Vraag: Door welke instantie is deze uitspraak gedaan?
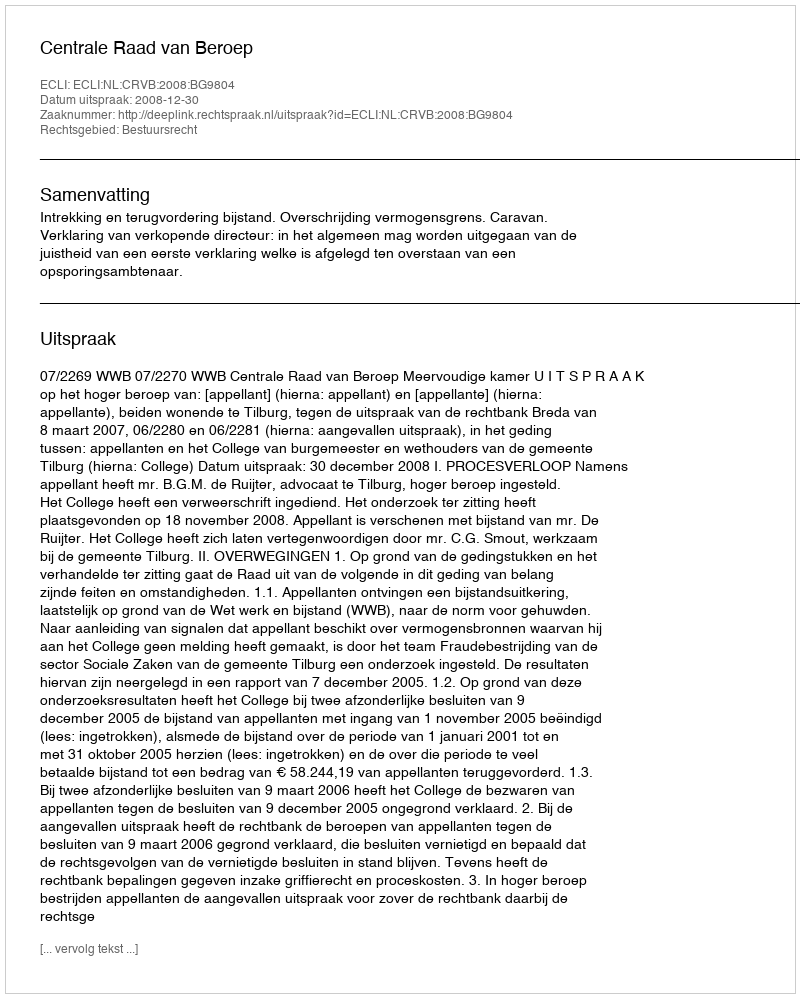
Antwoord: Centrale Raad van Beroep